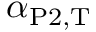
\alpha _ { \mathrm { P 2 } , \mathrm { T } }